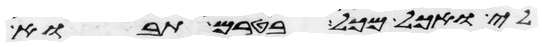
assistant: לי ואכל מכל בטרם תבוא